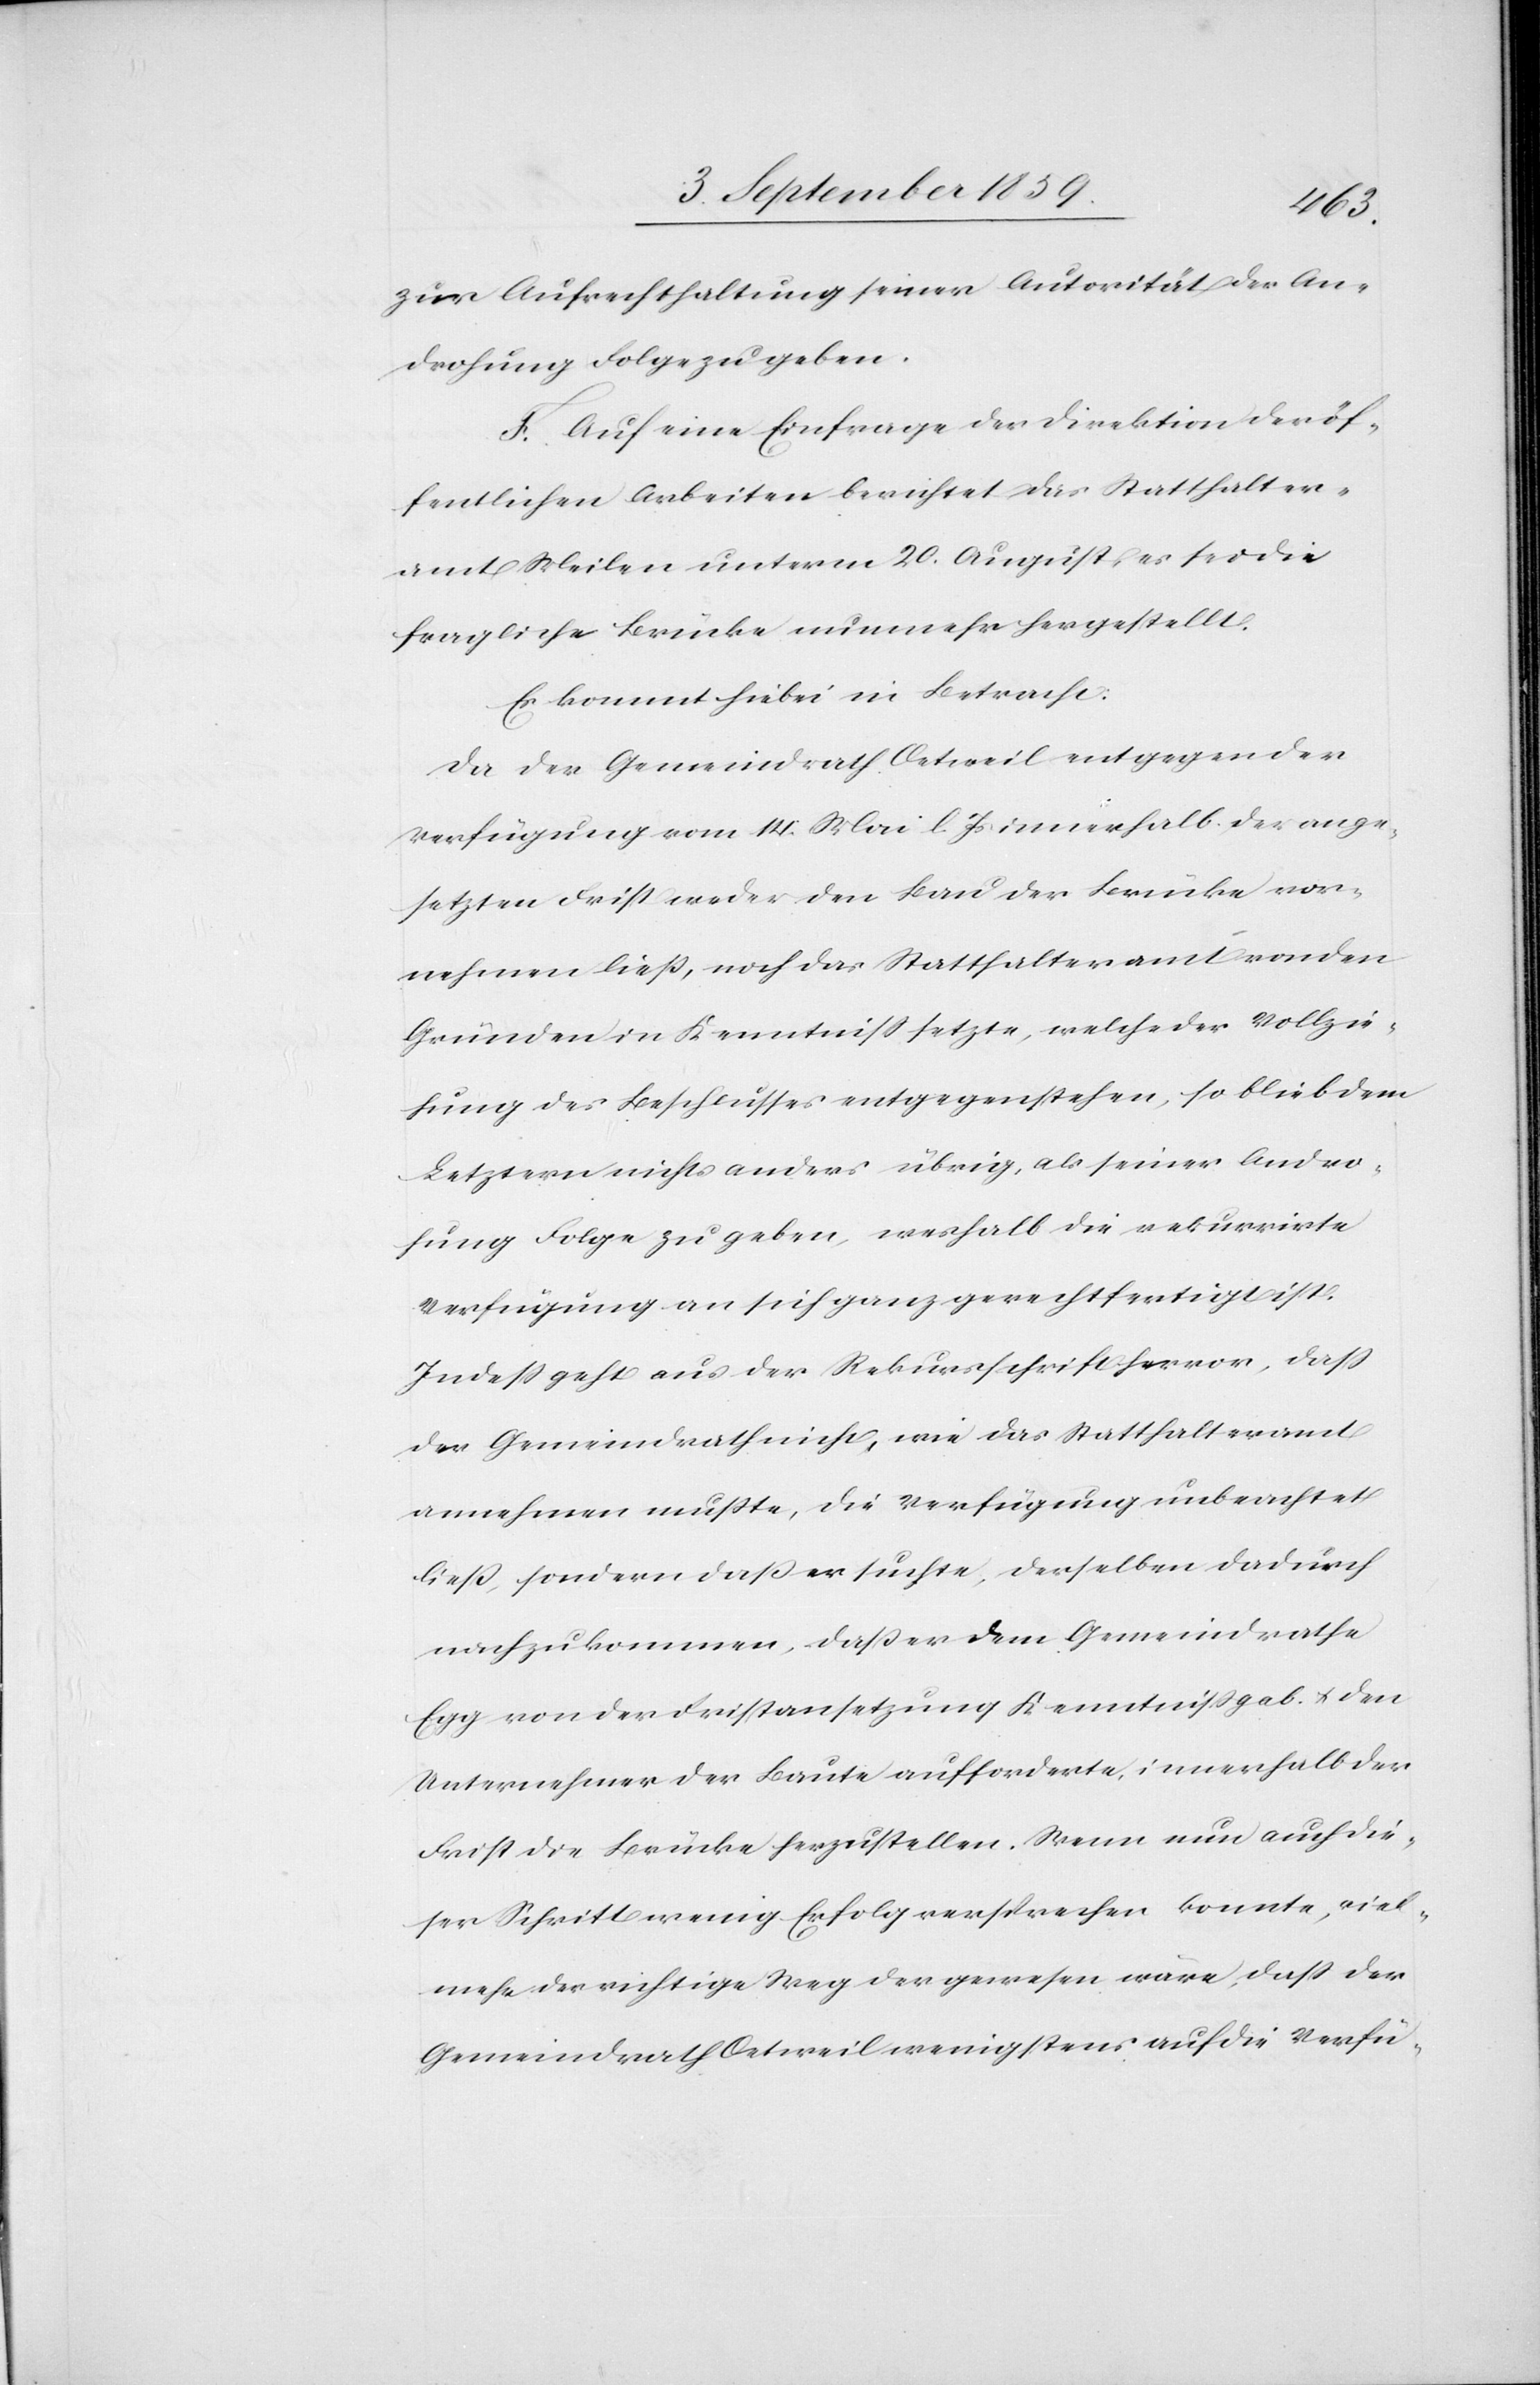
zur Aufrechthaltung seiner Autorität der An¬
drohung Folge zu geben.
F. Auf eine Einfrage der Direktion der öf¬
fentlichen Arbeiten berichtet das Statthalter¬
amt Meilen unterm 20. August, es sei die
fragliche Brücke nunmehr hergestellt.
Es kommt hiebei in Betracht:
Da der Gemeindrath Oetweil entgegen der
Verfügung vom 14. Mai l. Js. innerhalb der ange¬
setzten Frist weder den Bau der Brücke vor¬
nehmen ließ, noch das Statthalteramt von den
Gründen in Kenntniß setzte, welche der Vollzie¬
hung des Beschlusses entgegenstehen, so blieb dem
Letztern nichts anders übrig, als seiner Andro¬
hung Folge zu geben, weshalb die rekurrirte
Verfügung an sich ganz gerechtfertigt ist.
Indeß geht aus der Rekursschrift hervor, daß
der Gemeindrath nichts, wie das Statthalteramt
annehmen mußte, die Verfügung unbeachtet
ließ, sondern daß er suchte, derselben dadurch
nachzukommen, daß er dem Gemeindrathe
Egg von der Fristansetzung Kenntniß gab & den
Unternehmer der Baute aufforderte, innerhalb der
Frist die Brücke herzustellen. Wenn nun auch die¬
ser Schritt wenig Erfolg versprechen konnte, viel¬
mehr der richtige Weg der gewesen wäre, daß der
Gemeindrath Oetweil wenigstens auf die Verfü-